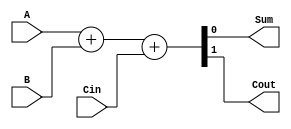
module carry_detect_adder (
    input wire A,
    input wire B,
    input wire Cin,
    output wire Sum,
    output wire Cout
);

assign {Cout, Sum} = A + B + Cin;

endmodule